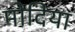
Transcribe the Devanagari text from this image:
मोदिया